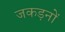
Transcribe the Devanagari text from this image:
जकड़नों